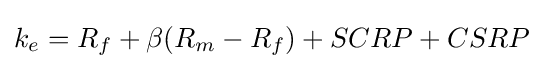
k_{e}=R_{f}+\beta (R_{m}-R_{f})+SCRP+CSRP